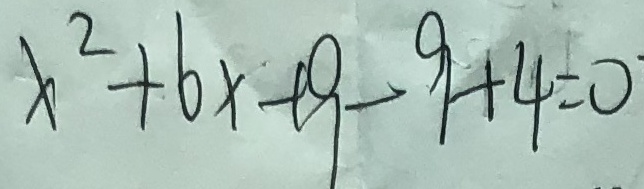
x ^ { 2 } + 6 x + 9 - 9 + 4 = 0